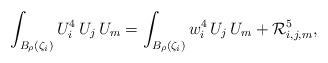
LaTeX: \begin{align*}\int_{B_\rho(\zeta_i)}U_i^4\,U_j\,U_m&=\int_{B_\rho(\zeta_i)}w_i^4\,U_j\,U_m+\mathcal{R}_{i,j,m}^5,\end{align*}